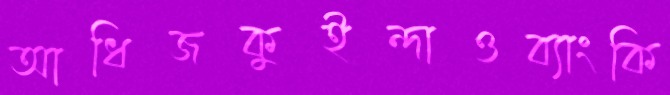
আধিজকুইন্দাওব্যাংকি